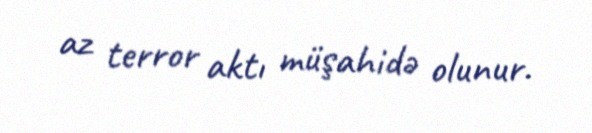
az terror aktı müşahidə olunur.